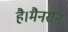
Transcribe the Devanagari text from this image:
है।मैनसन